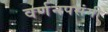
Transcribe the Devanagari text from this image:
वर्णनपसंगी